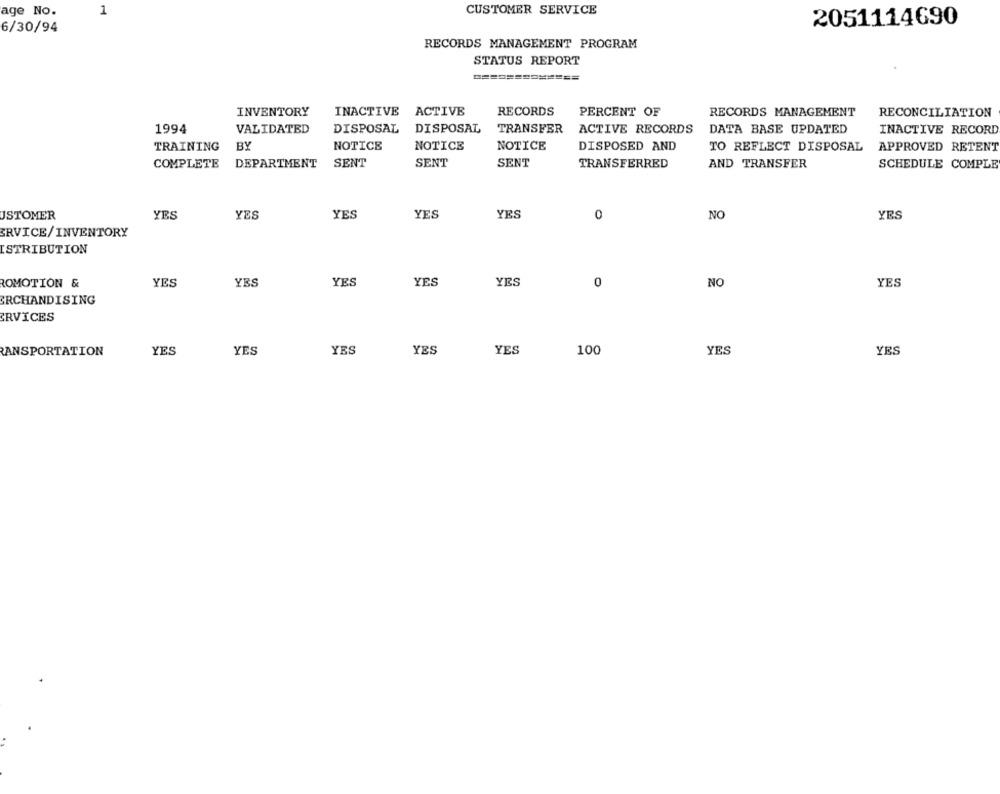
age No.
1
CUSTOMER SERVICE
2051114690
6/30/94
RECORDS MANAGEMENT PROGRAM
STATUS REPORT
RECORDS
PERCENT OF
INVENTORY
INACTIVE ACTIVE
RECORDS MANAGEMENT
RECONCILIATION
1994
VALIDATED
DISPOSAL
DISPOSAL
TRANSFER
ACTIVE RECORDS
DATA BASE UPDATED
INACTIVE RECORD
TRAINING
BY
NOTICE
NOTICE
NOTICE
DISPOSED AND
TO REFLECT DISPOSAL
APPROVED RETENT
COMPLETE
DEPARTMENT
SENT
SENT
SENT
TRANSFERRED
AND TRANSFER
SCHEDULE COMPLE
YES
YES
NO
YES
USTOMER
YES
YES
YES
0
ERVICE/ INVENTORY
ISTRIBUTION
ROMOTION &
YES
YES
YES
YES
YES
0
NO
YES
ERCHANDISING
ERVICES
RANSPORTATION
YES
YES
YES
YES
YES
100
YES
YES